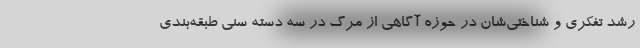
رشد تفکری و شناختی‌شان در حوزه آگاهی از مرگ در سه دسته سنی طبقه‌بندی